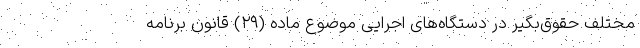
مختلف حقوق‌بگیر در دستگاه‌های اجرایی موضوع ماده (۲۹) قانون برنامه